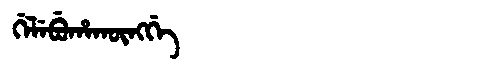
Manchu: ᡤᡝᠯᡝᠪᡠᡥᠠᡴᡡᠩᡤᡝ
Romanization: GELEBUHAKŪNGGE